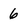
Character: 6